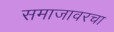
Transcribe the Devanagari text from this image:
समाजावरचा